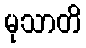
မုသာတိ